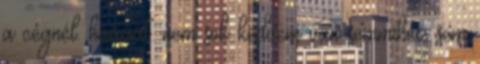
a cégnél. háááát. nem sok kedvem van semmihez sem